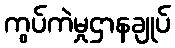
ကွပ်ကဲမှုဌာနချုပ်